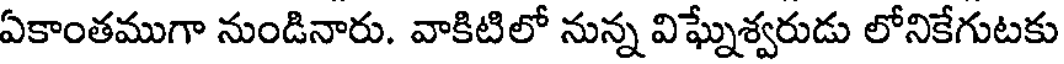
ఏకాంతముగా నుండినారు. వాకిటిలో నున్న విఘ్నేశ్వరుడు లోనికేగుటకు